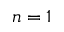
n = 1